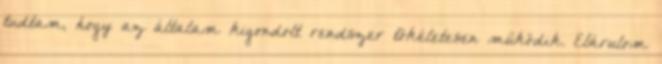
tudtam, hogy az általam kigondolt rendszer tökéletesen működik. Elárulom